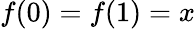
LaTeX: f(0)=f(1)=x